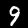
Digit: 9